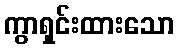
ကွာရှင်းထားသော